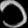
Digit: ၁